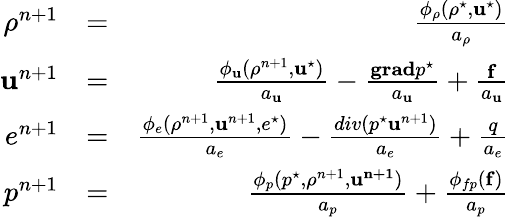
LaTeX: \begin{array}{rlr}{\rho^{n+1}}&{=}&{\frac{\phi_{\rho}(\rho^{\star},\mathbf{u}^{\star})}{a_{\rho}}}\\ {\mathbf{u}^{n+1}}&{=}&{\frac{\phi_{\mathbf{u}}(\rho^{n+1},\mathbf{u}^{\star})}{a_{\mathbf{u}}}-\frac{\mathbf{grad}p^{\star}}{a_{\mathbf{u}}}+\frac{\mathbf{f}}{a_{\mathbf{u}}}}\\ {e^{n+1}}&{=}&{\frac{\phi_{e}(\rho^{n+1},\mathbf{u}^{n+1},e^{\star})}{a_{e}}-\frac{div(p^{\star}\mathbf{u}^{n+1})}{a_{e}}+\frac{q}{a_{e}}}\\ {p^{n+1}}&{=}&{\frac{\phi_{p}(p^{\star},\rho^{n+1},\mathbf{u^{n+1}})}{a_{p}}+\frac{\phi_{fp}(\mathbf{f})}{a_{p}}}\end{array}